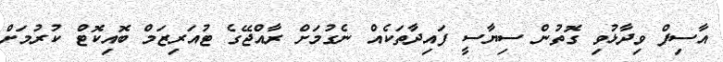
އާސިފް ވިދާޅުވި ގޮތުން ސިޔާސީ ފައިދާތަކެއް ނެގުމަށް ރާއްޖޭގެ ޓުއަރިޒަމް ބޮއިކޮޓް ކުރުމަށް